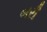
બરી